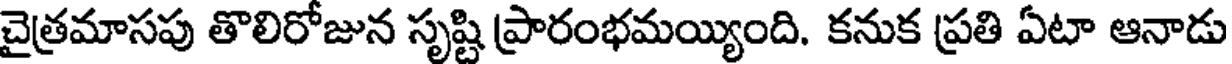
చైత్రమాసపు తొలిరోజున సృష్టి ప్రారంభమయ్యింది. కనుక ప్రతి ఏటా ఆనాడు